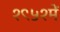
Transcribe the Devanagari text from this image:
१९५१में